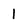
Character: I